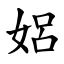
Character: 㛎